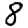
Digit: 8